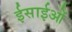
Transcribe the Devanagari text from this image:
ईसाईओं